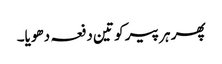
پھر ہر پیر کو تین دفعہ دھویا۔